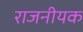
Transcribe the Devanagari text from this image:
राजनीयक